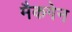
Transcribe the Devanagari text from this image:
मैकगेन